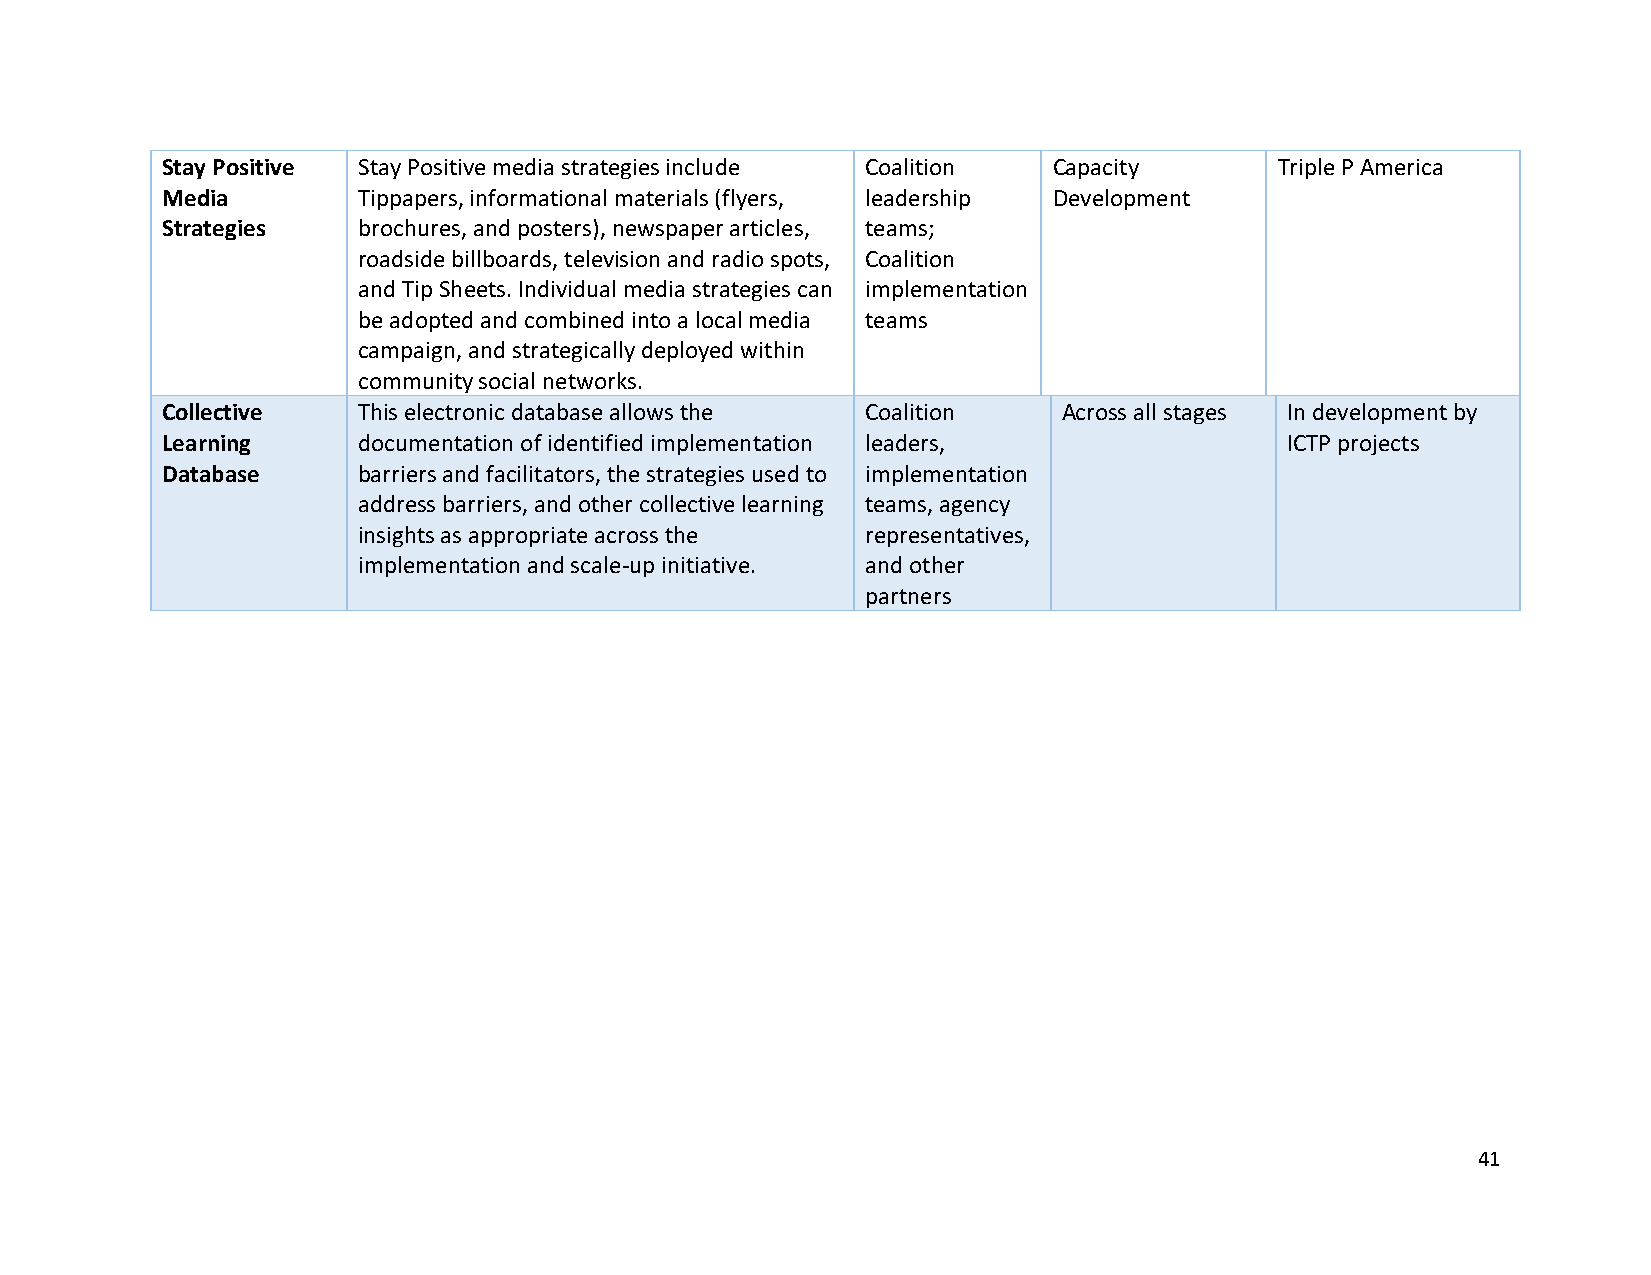
Stay Positive Stay Positive media strategies include Coalition Capacity   Triple P America
 Media        Tippapers, informational materials (flyers, leadership Development
 Strategies   brochures, and posters), newspaper articles, teams;
 roadside billboards, television and radio spots, Coalition
 and Tip Sheets. Individual media strategies can implementation
 be adopted and combined into a local media teams
 campaign, and strategically deployed within
 community social networks.
 Collective   This electronic database allows the Coalition Across all stages In development by
 Learning     documentation of identified implementation leaders,          ICTP projects
 Database     barriers and facilitators, the strategies used to implementation
 address barriers, and other collective learning teams, agency
 insights as appropriate across the representatives,
 implementation and scale-up initiative. and other
 partners
 41